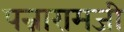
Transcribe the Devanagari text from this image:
पन्नारामजी